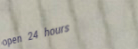
open 24 hours